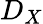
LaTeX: D_{X}